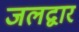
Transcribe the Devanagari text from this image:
जलद्वार